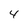
Character: 4